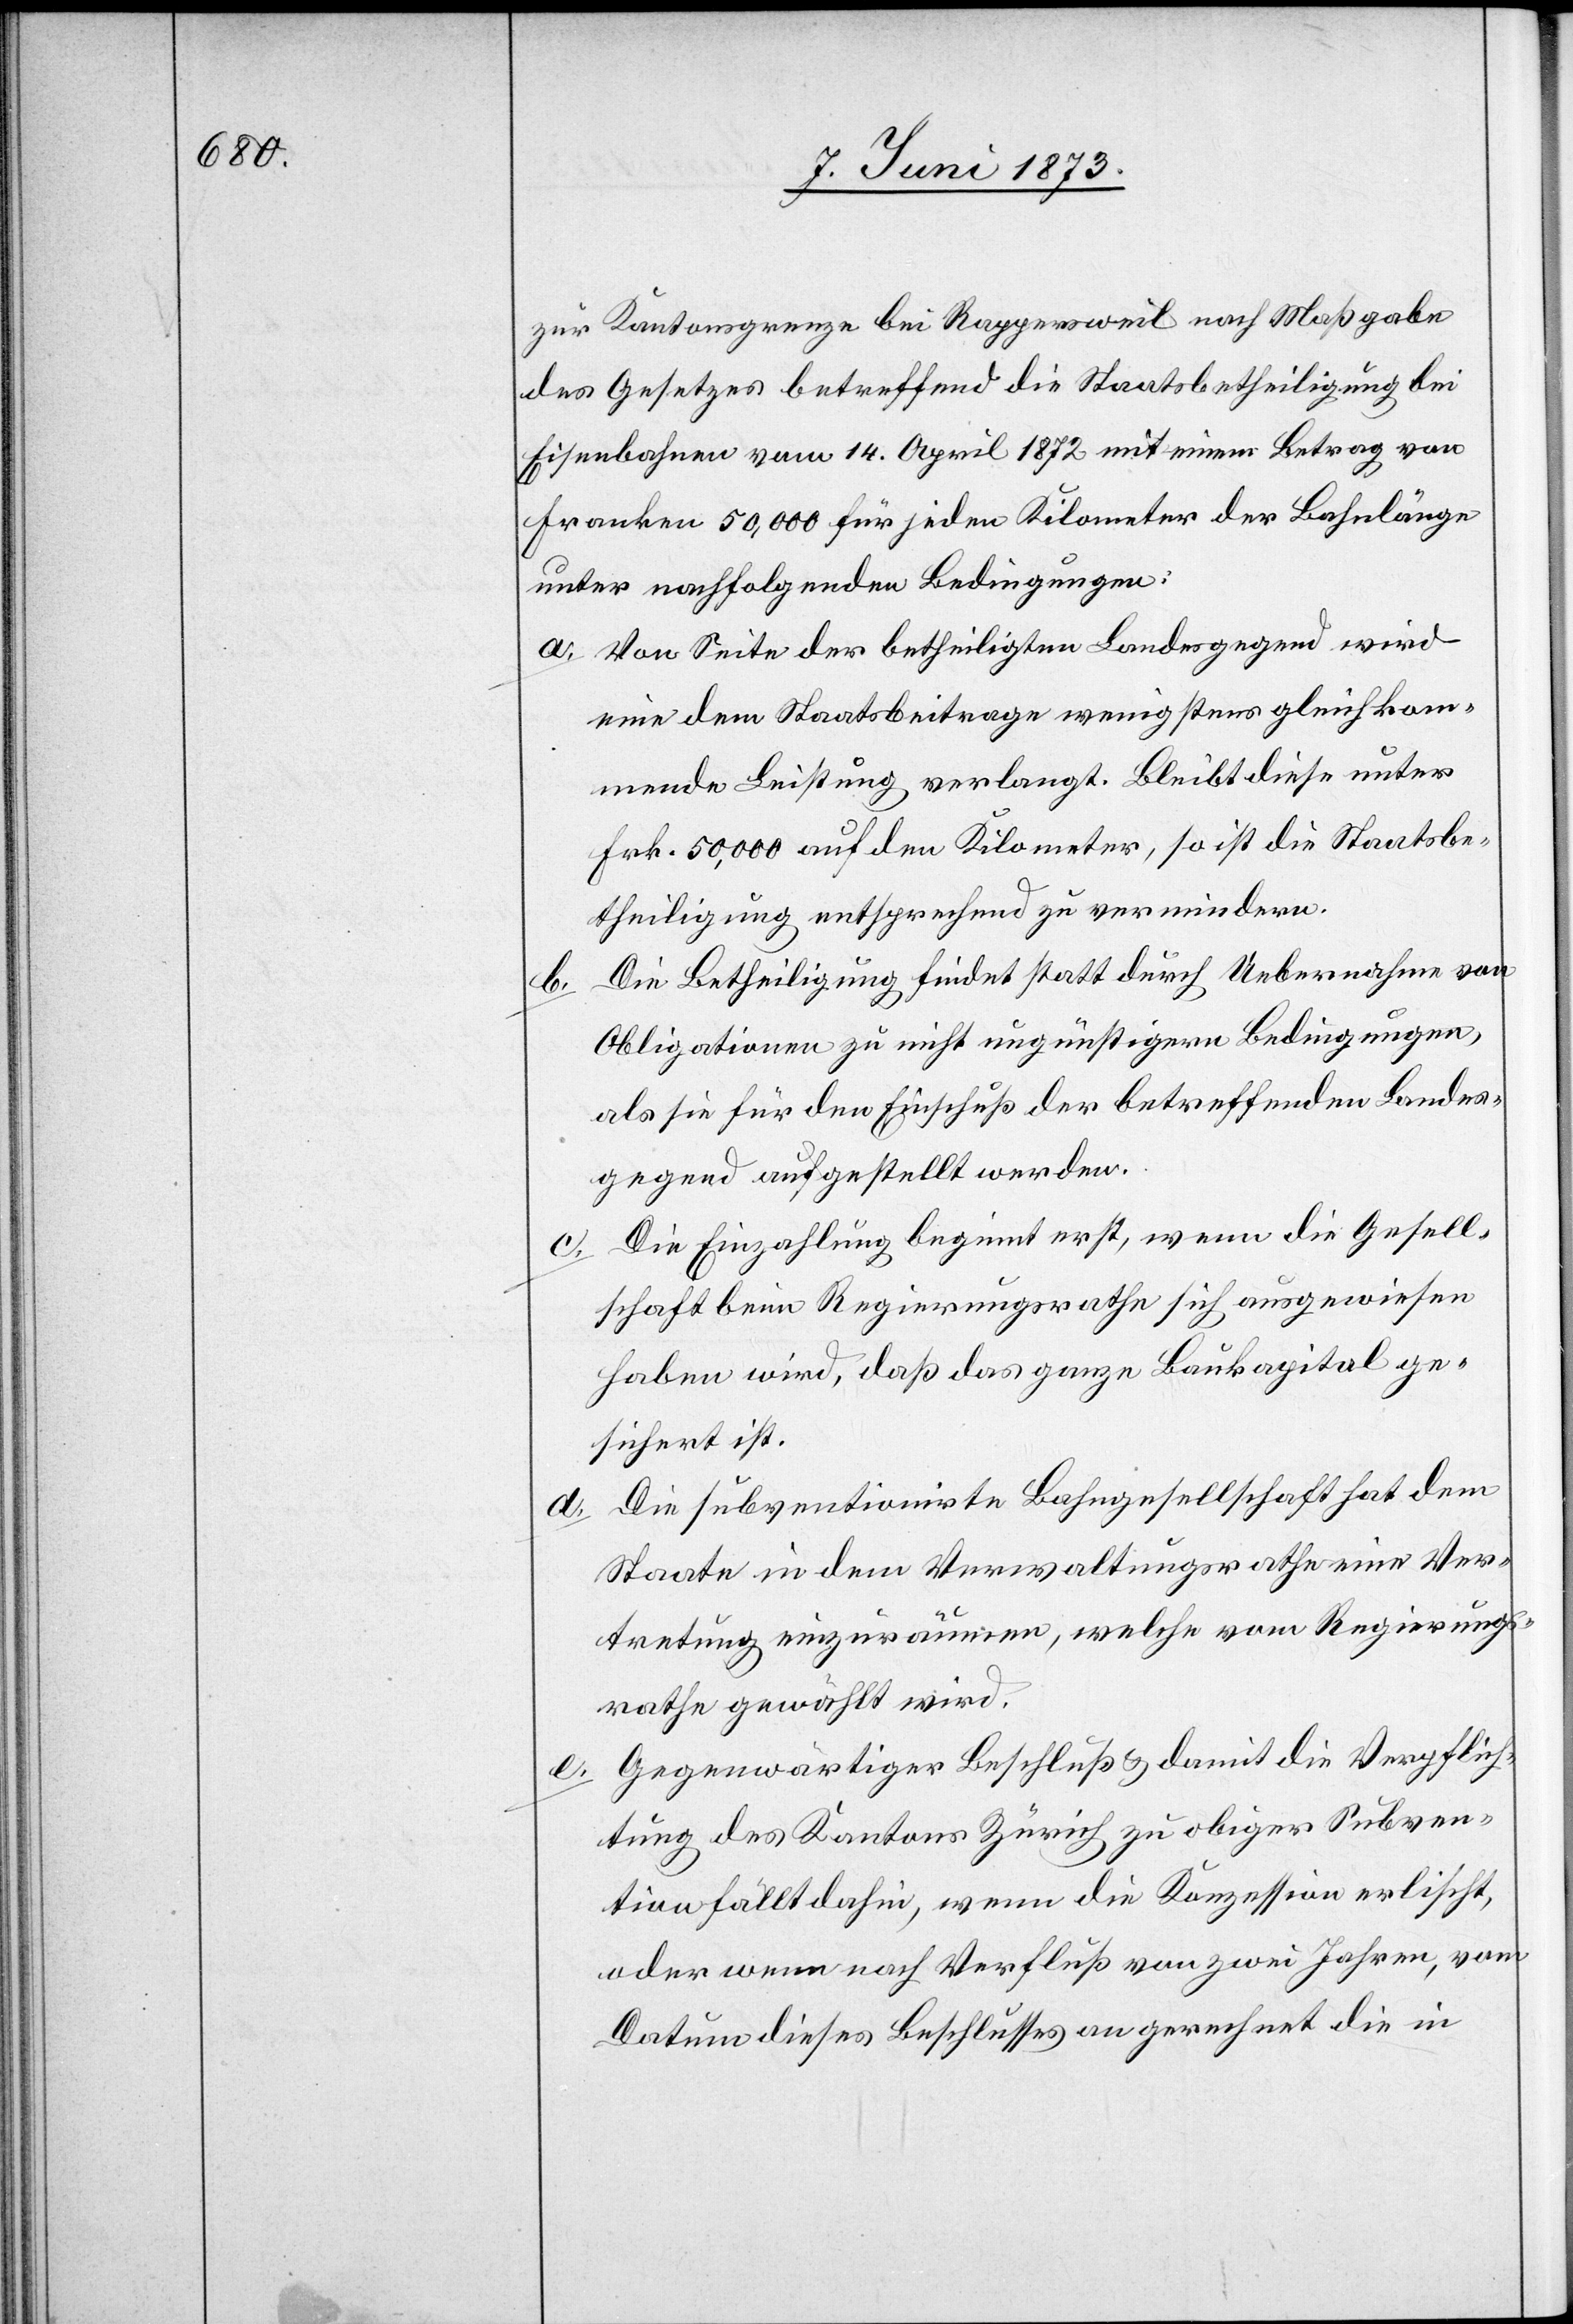
zur Kantonsgrenze bei Rappersweil nach Maßgabe
des Gesetzes betreffend die Staatsbetheiligung bei
Eisenbahnen vom 14. April 1872 mit einem Betrag von
Franken 50,000 für jeden Kilometer der Bahnlänge
unter nachfolgenden Bedingungen:
a. Von Seite der betheiligten Landesgegend wird
eine dem Staatsbeitrage wenigstens gleichkom¬
mende Leistung verlangt. Bleibt diese unter
Frk. 50,000 auf den Kilometer, so ist die Staatsbe¬
theiligung entsprechend zu vermindern.
b. Die Betheiligung findet statt durch Uebernahme von
Obligationen zu nicht ungünstigern Bedingungen,
als sie für den Einschuß der betreffenden Landes¬
gegend aufgestellt werden.
c. Die Einzahlung beginnt erst, wenn die Gesell¬
schaft beim Regierungsrathe sich ausgewiesen
haben wird, daß das ganze Baukapital ge¬
sichert ist.
Die subventionirte Bahngesellschaft hat dem
Staate in dem Verwaltungsrathe eine Ver¬
tretung einzuräumen, welche vom Regierungs¬
rathe gewählt wird.
e. Gegenwärtiger Beschluß & damit die Verpflich¬
tung des Kantons Zürich zu obiger Subven¬
tion fällt dahin, wenn die Konzession erlischt,
oder wenn nach Verfluß von zwei Jahren, vom
Datum dieses Beschlusses an gerechnet die in